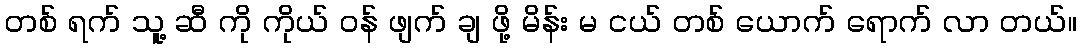
တစ် ရက် သူ့ ဆီ ကို ကိုယ် ဝန် ဖျက် ချ ဖို့ မိန်း မ ငယ် တစ် ယောက် ရောက် လာ တယ်။